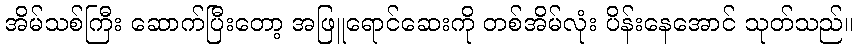
အိမ်သစ်ကြီး ဆောက်ပြီးတော့ အဖြူရောင်ဆေးကို တစ်အိမ်လုံး ပိန်းနေအောင် သုတ်သည်။